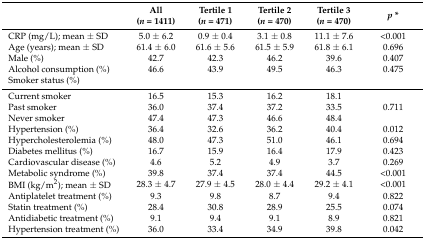
<table><thead><tr><td></td><td><b>All(<i>n</i> = 1411)</b></td><td><b>Tertile 1(<i>n</i> = 471)</b></td><td><b>Tertile 2(<i>n</i> = 470)</b></td><td><b>Tertile 3(<i>n</i> = 470)</b></td><td><b><i>p</i> *</b></td></tr></thead><tbody><tr><td>CRP (mg/L); mean ± SD</td><td>5.0 ± 6.2</td><td>0.9 ± 0.4</td><td>3.1 ± 0.8</td><td>11.1 ± 7.6</td><td>&lt;0.001</td></tr><tr><td>Age (years); mean ± SD</td><td>61.4 ± 6.0</td><td>61.6 ± 5.6</td><td>61.5 ± 5.9</td><td>61.8 ± 6.1</td><td>0.696</td></tr><tr><td>Male (%)</td><td>42.7</td><td>42.3</td><td>46.2</td><td>39.6</td><td>0.407</td></tr><tr><td>Alcohol consumption (%)</td><td>46.6</td><td>43.9</td><td>49.5</td><td>46.3</td><td>0.475</td></tr><tr><td>Smoker status (%)</td><td></td><td></td><td></td><td></td><td></td></tr><tr><td>Current smokerPast smokerNever smokerHypertension (%)</td><td>16.536.047.436.4</td><td>15.337.447.332.6</td><td>16.237.246.636.2</td><td>18.133.548.440.4</td><td>0.7110.012</td></tr><tr><td>Hypercholesterolemia (%)</td><td>48.0</td><td>47.3</td><td>51.0</td><td>46.1</td><td>0.694</td></tr><tr><td>Diabetes mellitus (%)</td><td>16.7</td><td>15.9</td><td>16.4</td><td>17.9</td><td>0.423</td></tr><tr><td>Cardiovascular disease (%)</td><td>4.6</td><td>5.2</td><td>4.9</td><td>3.7</td><td>0.269</td></tr><tr><td>Metabolic syndrome (%)</td><td>39.8</td><td>37.4</td><td>37.4</td><td>44.5</td><td>&lt;0.001</td></tr><tr><td>BMI (kg/m<sup>2</sup>); mean ± SD</td><td>28.3 ± 4.7</td><td>27.9 ± 4.5</td><td>28.0 ± 4.4</td><td>29.2 ± 4.1</td><td>&lt;0.001</td></tr><tr><td>Antiplatelet treatment (%)</td><td>9.3</td><td>9.8</td><td>8.7</td><td>9.4</td><td>0.822</td></tr><tr><td>Statin treatment (%)</td><td>28.4</td><td>30.8</td><td>28.9</td><td>25.5</td><td>0.074</td></tr><tr><td>Antidiabetic treatment (%)</td><td>9.1</td><td>9.4</td><td>9.1</td><td>8.9</td><td>0.821</td></tr><tr><td>Hypertension treatment (%)</td><td>36.0</td><td>33.4</td><td>34.9</td><td>39.8</td><td>0.042</td></tr></tbody></table>